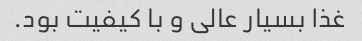
غذا بسیار عالی و با کیفیت بود.